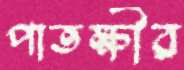
পাতক্ষীর